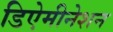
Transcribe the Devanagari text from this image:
डिऐमीनेशन